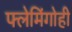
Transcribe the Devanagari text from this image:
फ्लेमिंगोही